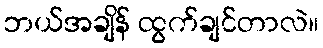
ဘယ်အချိန် ထွက်ချင်တာလဲ။